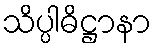
သိပ္ပါဓိဋ္ဌာနာ